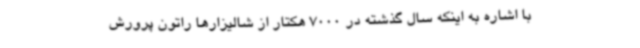
با اشاره به اینکه سال گذشته در 7000 هکتار از شالیزارها راتون پرورش